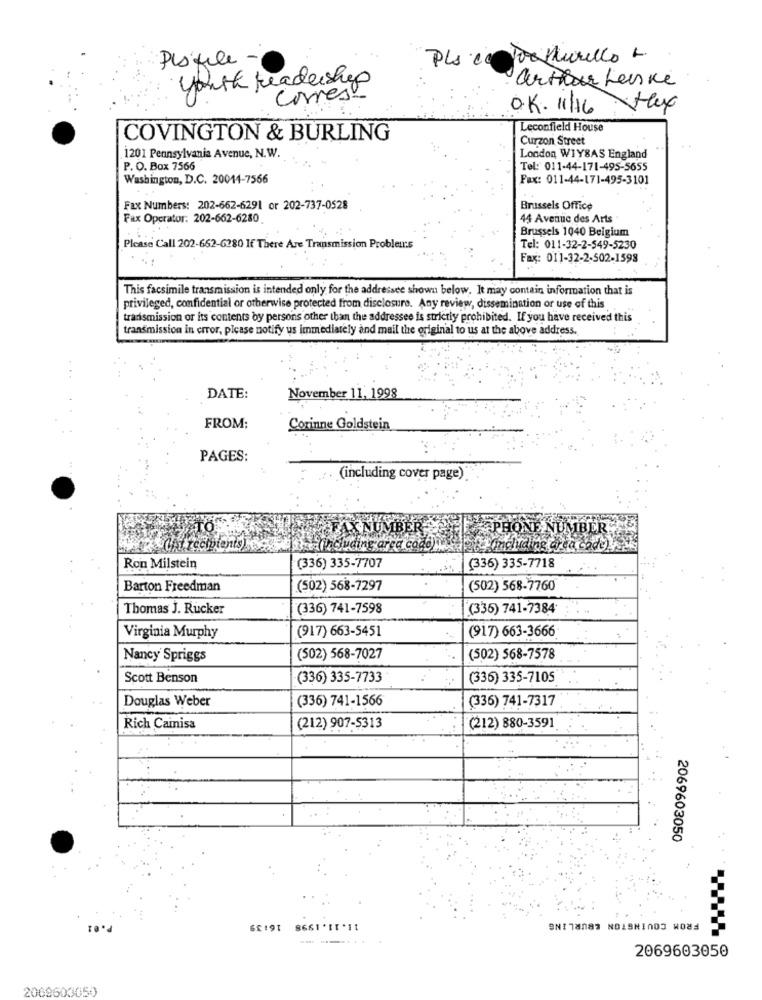
Desfile -
youth readership
arthur Lenke
corres
O.K. 11/16 Max
Leconfield House
COVINGTON & BURLING
Curzon Street
1201 Pennsylvania Avenue, N.W.
London, WIY8AS England
P. O. Box 7566
Tel: 011-44-171-495-5655
Washington, D.C. 20014-7566
Fax: 011-44-171-495-3101
Fax Numbers: 202-662-6291 or 202-737-0528
Brussels Office
Fax Operator: 202-662-6280
44 Avenue des Arts
Brussels 1040 Belgium
Please Call 202-662-6280 If There Are Transmission Probleus
Tel: 011-32-2-549-5230
Fax: 011-32-2-502-1598
This facsimile transmission is intended only for the addressee shown below. It may contain information that is
privileged, confidential or otherwise protected from disclosure. Any review, dissemination or use of this
transmission or its contents by persons other than the addressee is strictly prohibited. If you have received this
transmission in error, please notify us immediately and mail the original to us at the above address.
DATE:
November 11, 1998
FROM:
Corinne Goldstein
PAGES:
". (including cover page).
FAXNUMB
PHONE NUMBER
cape,including area code)i
atommcluding area code)y
Ron Milstein
(336) 335-7707
(336) 335-7718
Barton Freedman
(502) 568-7297
(502) 568-7760
Thomas J. Rucker
(336) 741-7598
(336) 741-7384
(917) 663-5451
Virginia Murphy
(917) 663-3666
Nancy Spriggs
(502) 568-7027
(502) 568-7578
Scott Benson
(336) 335-7733
(336) 335-7105
Douglas Weber
(336) 741-1566
(336) 741-7317
Rich Cainisa
(212) 907-5313
(212) 880-3591
2069603050
FROM COVINGTON &BURLING
6£191
2069603050
2069603050